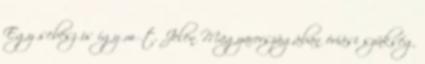
Egy sebész is így műt. Jelen Magyarországában óriási szükség